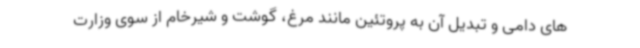
های دامی و تبدیل آن به پروتئین مانند مرغ، گوشت و شیرخام از سوی وزارت